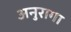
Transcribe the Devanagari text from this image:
अनुरागा